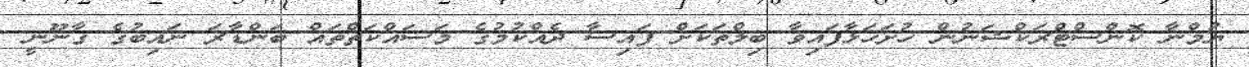
ޔުމްނާ ކޮންސްޓްރަކްޝަނުން ހުށަހަޅާފައިވާ ބިލްތަކަށް ފައިސާ ދެއްކުމުގެ މަސައްކަތްތައް ބަންޑާރަ ނައިބުގެ ގާނޫނީ